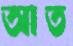
আত